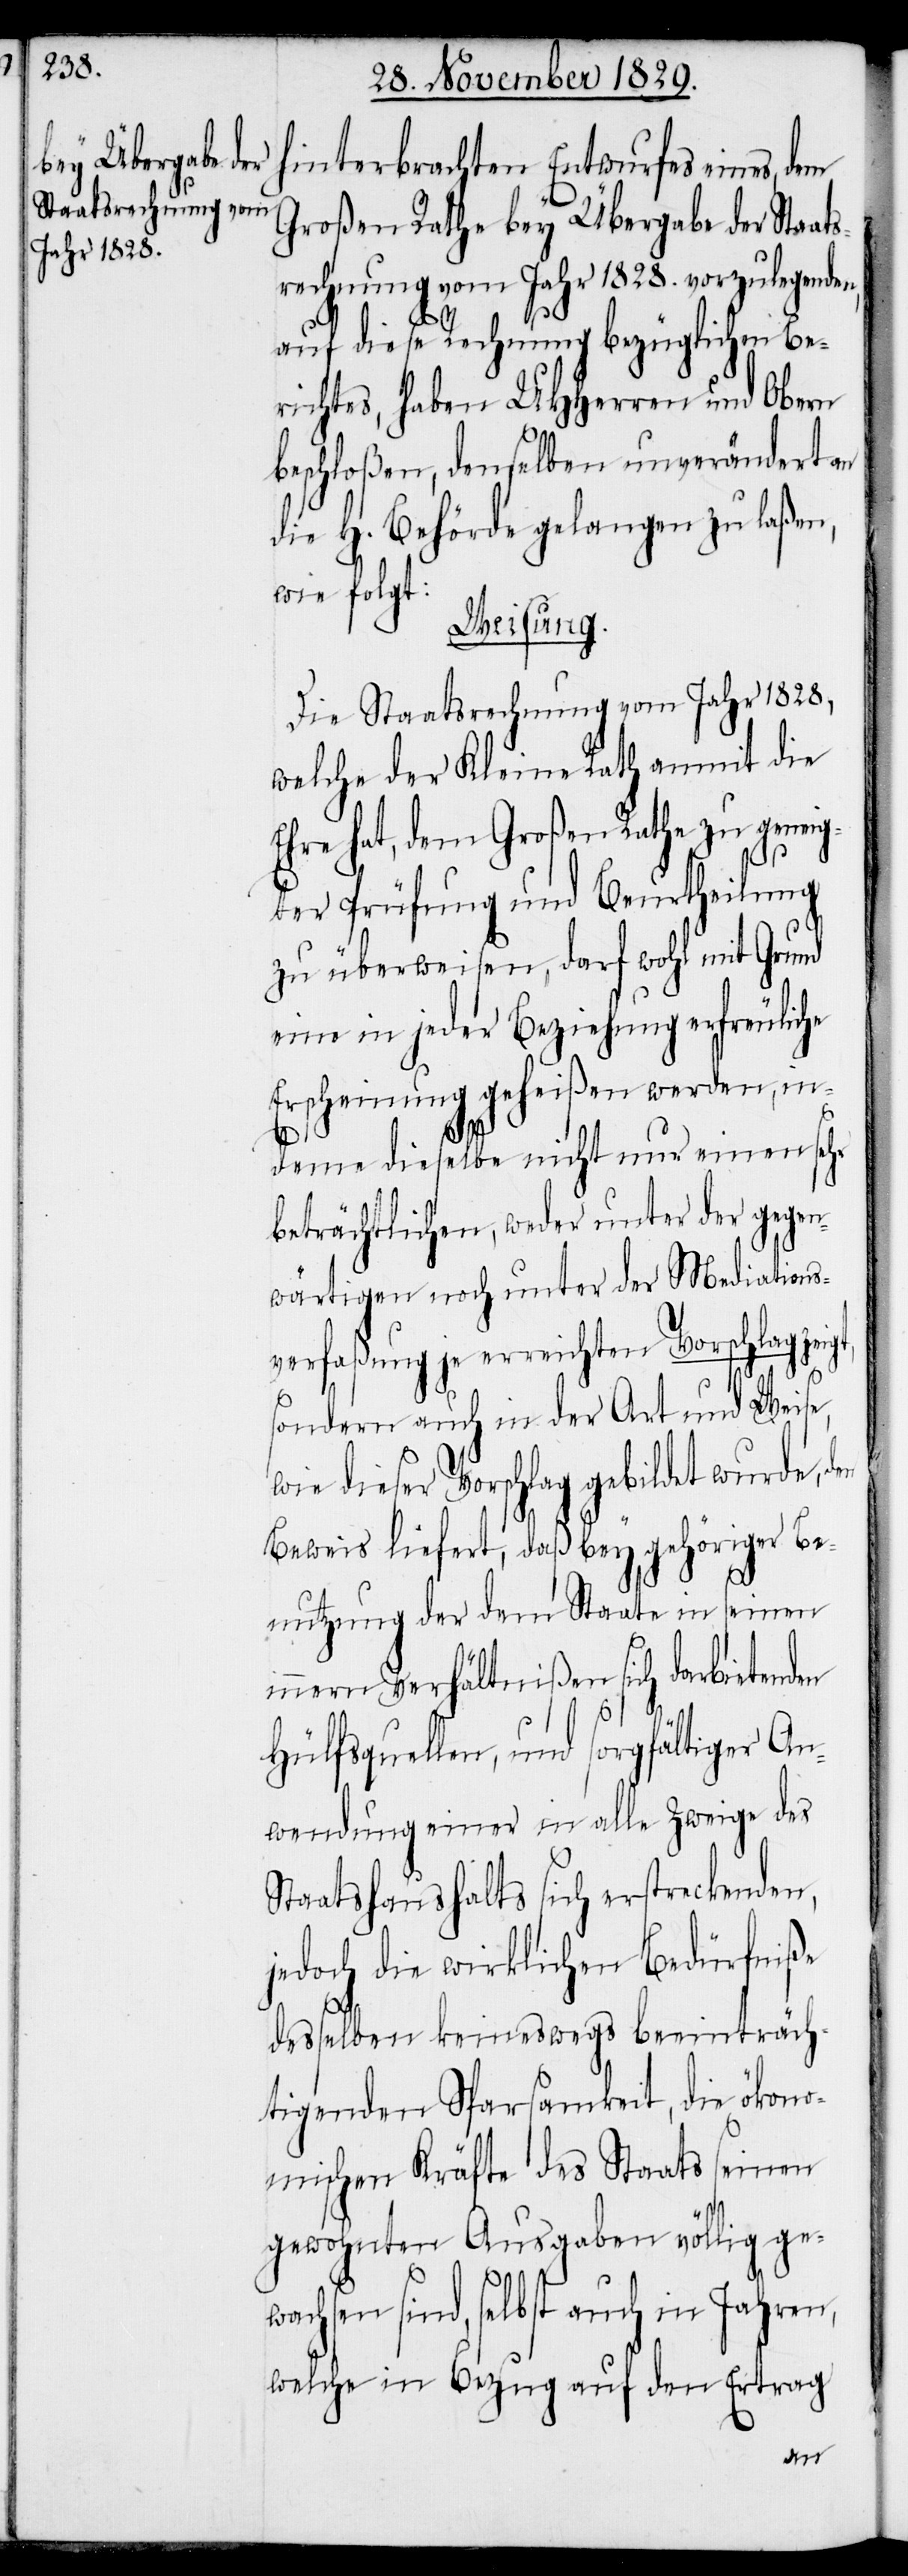
hinterbrachten Entwurfes eines, dem
Großen Rathe bey Übergabe der Staat¬
srechnung vom Jahr 1828. vorzulegende¬
auf diese Rechnung bezüglichen Be¬
richtes, haben UHHerren und Obern
beschloßen, denselben unverändert an
die H. Behörde gelangen zu laßen,
wie folgt:
Weisung.
Die Staatsrechnung vom Jahr 1828,
welche der Kleine Rath anmit die
hre hat, dem Großen Rathe zu genei¬
gter Prüfung und Beurtheilung
zu überweisen, darf wohl mit Grund
eine in jeder Beziehung erfreuliche
Erscheinung geheißen werden, in¬
deme dieselbe nicht nur einen sehr
beträchtlichen, weder unter der gegen¬
wärtigen noch unter Mediations¬
verfaßung je erreichten Vorschlag zei¬
sondern auch in der Art und Weise,
wie dieser Vorschlag gebildet wurde, den
Beweis liefert, daß bey gehöriger Be¬
nutzung der dem Staate in seinen
innern Verhältnißen sich darbietenden
Hülfsquellen, und sorgfältiger An¬
wendung einer in alle Zweige des
Staatshaushalts sich erstreckenden,
jedoch die wirklichen Bedürfniße
gt,
desselben keineswegs beeinträch¬
tigenden Sparsamkeit, die ökono¬
mischen Kräfte des Staats seinen
gewohnten Ausgaben völlig ge¬
wachsen sind, selbst auch in Jahren,
welche in Bezug auf den Ertrag